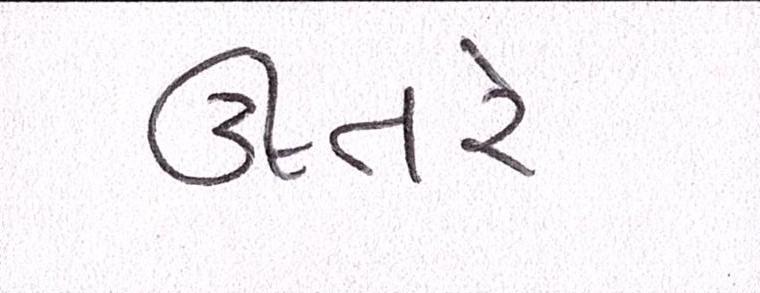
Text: ઊતરે